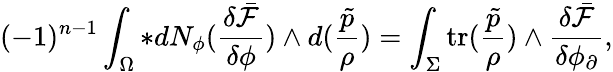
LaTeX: (-1)^{n-1}\int_{\Omega}\ast dN_{\phi}(\frac{\delta\bar{\mathcal{F}}}{\delta\phi})\wedge d(\frac{\tilde{p}}{\rho})=\int_{\Sigma}\mathrm{tr}(\frac{\tilde{p}}{\rho})\wedge\frac{\delta\bar{\mathcal{F}}}{\delta\phi_{\partial}},